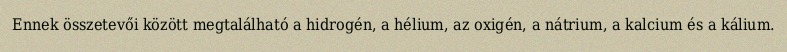
Ennek összetevői között megtalálható a hidrogén, a hélium, az oxigén, a nátrium, a kalcium és a kálium.